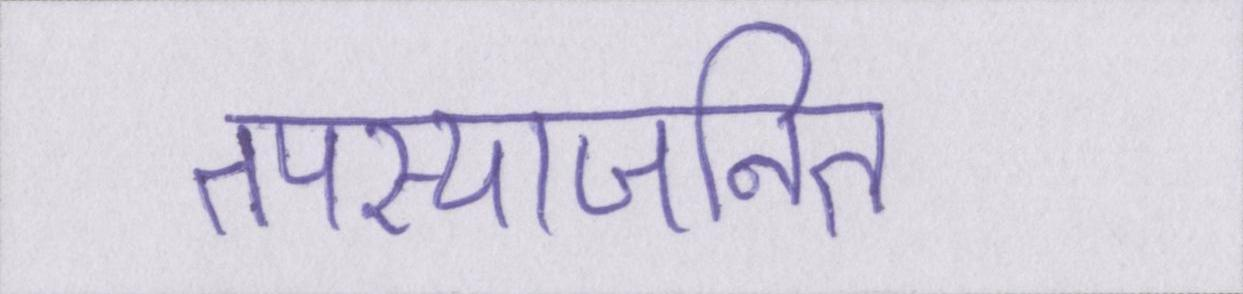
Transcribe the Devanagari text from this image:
तपस्याजनित